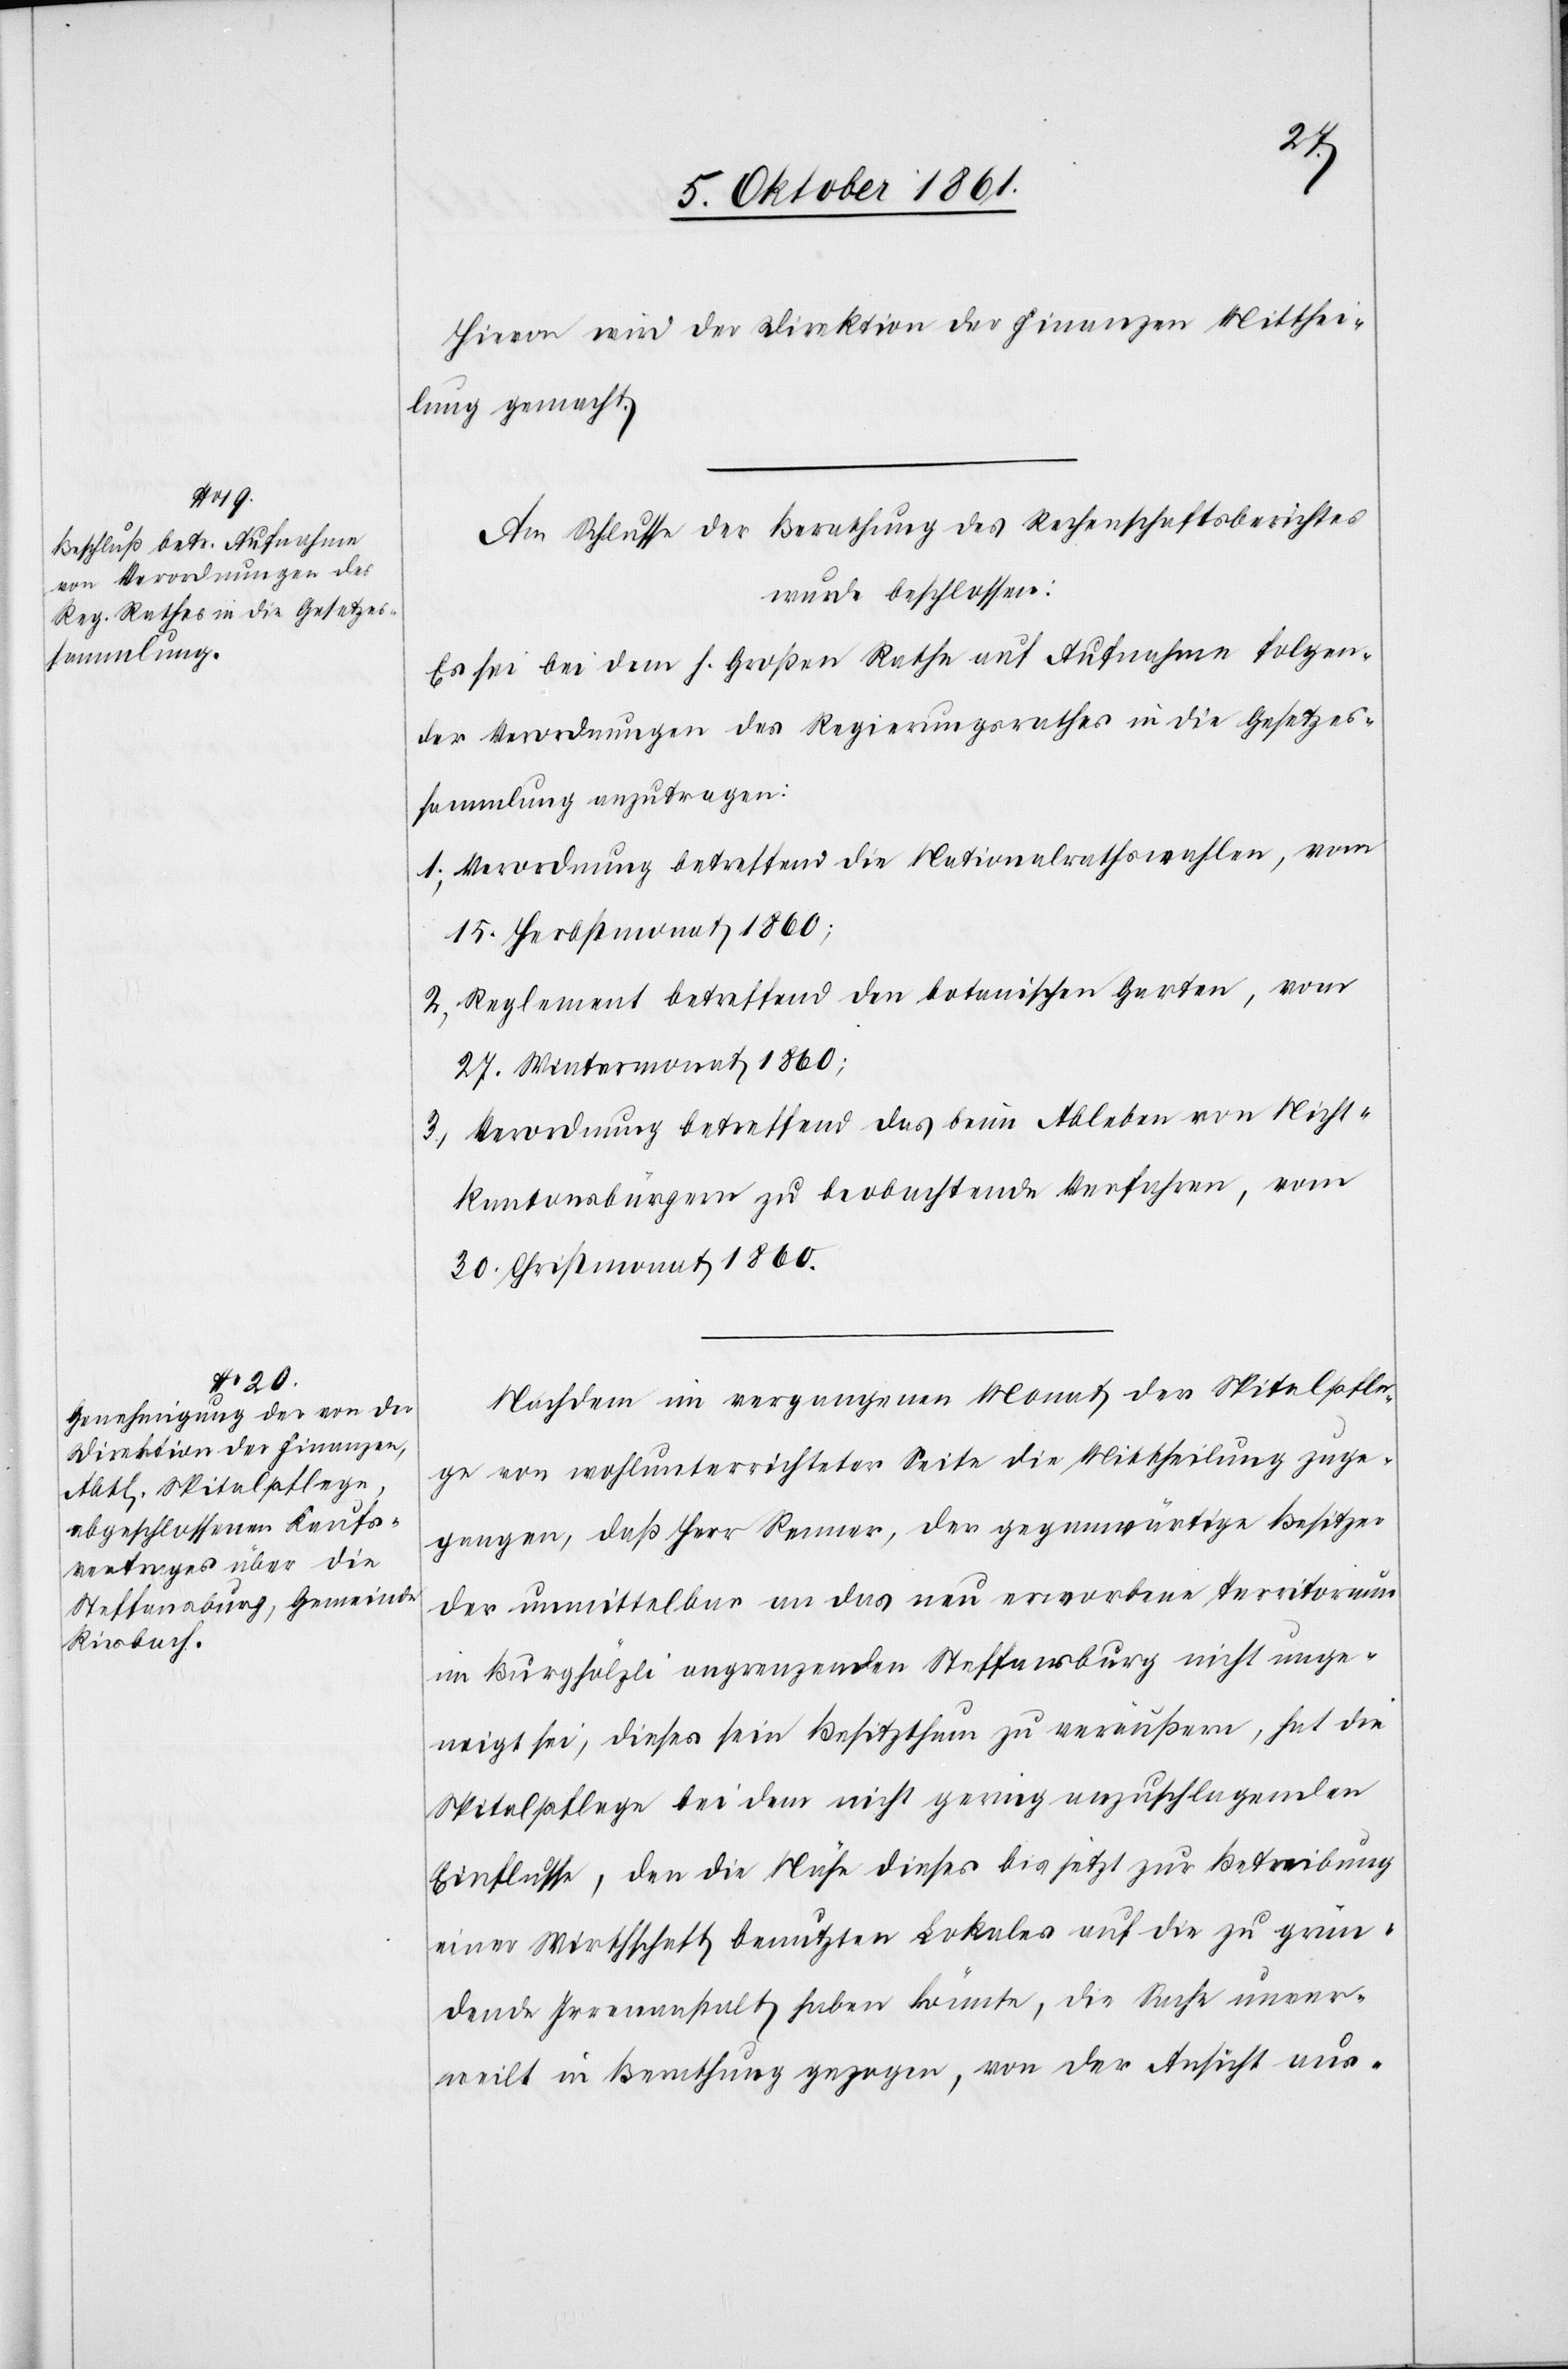
Hievon wird der Direktion der Finanzen Mitthei¬
lung gemacht.
Am Schlusse der Berechnung des Rechenschaftsberichtes
wurde beschlossen:
Es sei bei dem h. Großen Rathe auf Aufnahme folgen¬
der Anordnungen des Regierungsrathes in die Gesetzes¬
sammlung anzutragen:
1. Verordnung betreffend die Nationalrathswahlen, vom
15 Herbstmonat 1860;
2. Reglement betreffend den botanischen Garten, vom
27 Wintermoant 1860;
3. Verordnung betreffend das beim Ableben von Nicht¬
kantonsbürgern zu beobachtende Verfahren, vom
30 Christmonat 1860.
Nachdem im vergangenen Monat der Spitalpfle¬
ge von wohlunterrichteter Seite die Mittheilung zuge¬
gangen, daß Herr Renner, der gegenwärtige Besitzer
der unmittelbar an das neu erworbene Territorium
im Bürghölzli angrenzenden Steffansburg nicht unge¬
neigt sei, dieses sein Besitzthum zu veräußern, hat die
Spitalpflege bei dem nicht gering anzuschlagenden
Einflusse, den die Nähe dieses bis jetzt zur Betreibung
einer Wirthschaft benutzten Lokales auf die zu grün¬
dende Irrenanstalt haben könnte, die Sache unver¬
weilt in Benutzung gezogen, von der Ansicht aus-